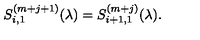
S _ { i , 1 } ^ { ( m + j + 1 ) } ( \lambda ) = S _ { i + 1 , 1 } ^ { ( m + j ) } ( \lambda ) .